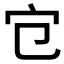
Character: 𡦻